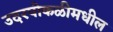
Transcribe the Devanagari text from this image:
उदरपोकळीमधील